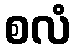
စလံ